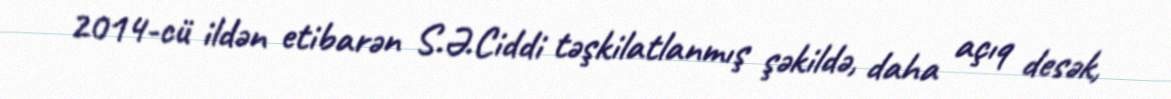
2014-cü ildən etibarən S.Ə.Ciddi təşkilatlanmış şəkildə, daha açıq desək,